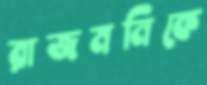
রাজমনিকে